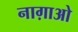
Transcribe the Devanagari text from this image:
नाग़ाओ